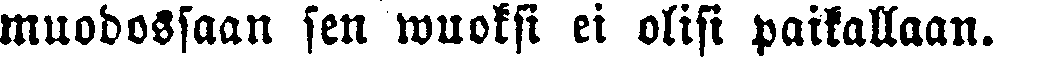
muodossaan sen wuoksi ei olisi paikallaan.